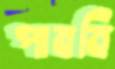
পাবনি